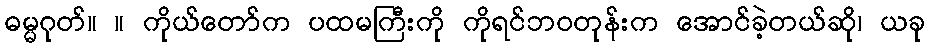
ဓမ္မဂုတ်။ ။ ကိုယ်တော်က ပထမကြီးကို ကိုရင်ဘဝတုန်းက အောင်ခဲ့တယ်ဆို၊ ယခု